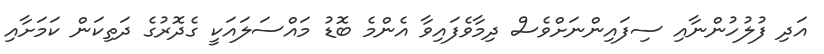
އަދި ފުލުހުންނާއި ސިފައިންނަށްވެސް ދިމާވެފައިވާ އެންމެ ބޮޑު މައްސަލައަކީ ގެދޮރުގެ ދަތިކަން ކަމަށާއި